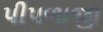
પીપળાજી